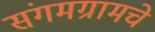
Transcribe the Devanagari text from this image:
संगमग्रामचे